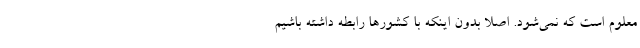
معلوم است که نمی‌شود. اصلا بدون اینکه با کشورها رابطه داشته باشیم